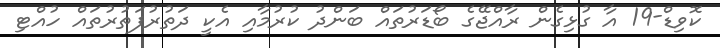
ކޮވިޑް-19 އާ ގުޅިގެން ރާއްޖޭގެ ބޯޑަރުތައް ބަންދު ކުރުމާއި އެކީ ދަތުރުފަތުރުތައް ހުއްޓި